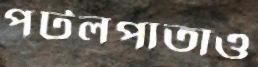
পটলপাতাও